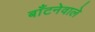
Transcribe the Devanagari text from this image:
बाँटनेवाले